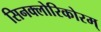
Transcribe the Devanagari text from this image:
सिनक्लोरिकोरम्